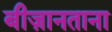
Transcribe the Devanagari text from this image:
बीज़ानताना